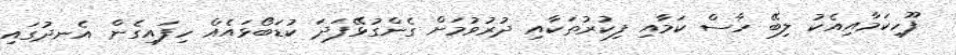
ފޫހިކަމާއިއެކު ލިބޭ ހާސް ކަމާއި ފިކުރުތަކާއި ދުރުވުމަށް ގެންގުޅޭފަދަ ކުޑަބޯޅައެއް ހިފައިގެން އެނދުގައި